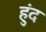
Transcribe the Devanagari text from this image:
हुंद